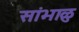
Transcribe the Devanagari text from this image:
सांभाळु